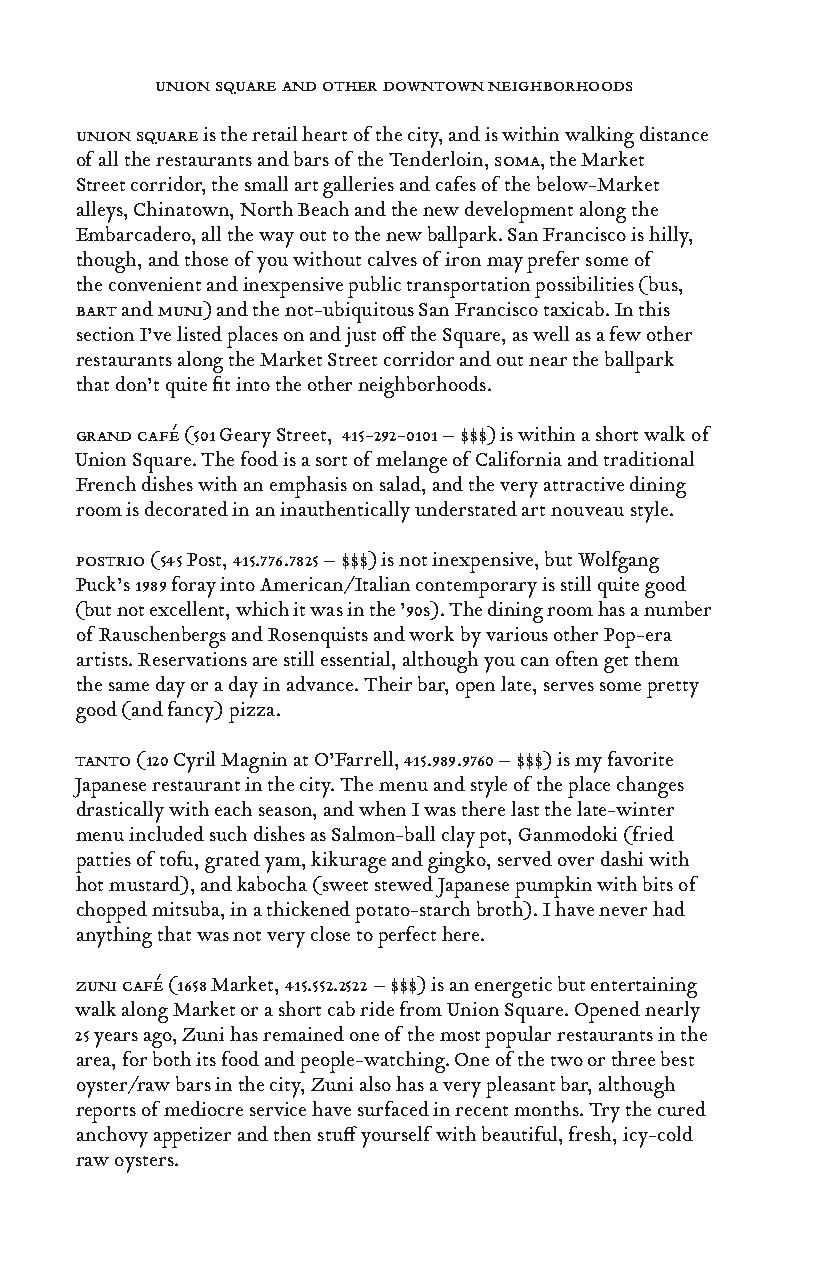
union square and other downtown neighborhoods
 union square is the retail heart of the city, and is within walking distance
 of all the restaurants and bars of the Tenderloin, soma, the Market
 Street corridor, the small art galleries and cafes of the below-Market
 alleys, Chinatown, North Beach and the new development along the
 Embarcadero, all the way out to the new ballpark. San Francisco is hilly,
 though, and those of you without calves of iron may prefer some of
 the convenient and inexpensive public transportation possibilities (bus,
 bart and muni) and the not-ubiquitous San Francisco taxicab. In this
 section I’ve listed places on and just off the Square, as well as a few other
 restaurants along the Market Street corridor and out near the ballpark
 that don’t quite fit into the other neighborhoods.
 grand café (501 Geary Street, 415-292-0101 – $$$) is within a short walk of
 Union Square. The food is a sort of melange of California and traditional
 French dishes with an emphasis on salad, and the very attractive dining
 room is decorated in an inauthentically understated art nouveau style.
 postrio (545 Post, 415.776.7825 – $$$) is not inexpensive, but Wolfgang
 Puck’s 1989 foray into American/Italian contemporary is still quite good
 (but not excellent, which it was in the ’90s). The dining room has a number
 of Rauschenbergs and Rosenquists and work by various other Pop-era
 artists. Reservations are still essential, although you can often get them
 the same day or a day in advance. Their bar, open late, serves some pretty
 good (and fancy) pizza.
 tanto (120 Cyril Magnin at O’Farrell, 415.989.9760 – $$$) is my favorite
 Japanese restaurant in the city. The menu and style of the place changes
 drastically with each season, and when I was there last the late-winter
 menu included such dishes as Salmon-ball clay pot, Ganmodoki (fried
 patties of tofu, grated yam, kikurage and gingko, served over dashi with
 hot mustard), and kabocha (sweet stewed Japanese pumpkin with bits of
 chopped mitsuba, in a thickened potato-starch broth). I have never had
 anything that was not very close to perfect here.
 zuni café (1658 Market, 415.552.2522 – $$$) is an energetic but entertaining
 walk along Market or a short cab ride from Union Square. Opened nearly
 25 years ago, Zuni has remained one of the most popular restaurants in the
 area, for both its food and people-watching. One of the two or three best
 oyster/raw bars in the city, Zuni also has a very pleasant bar, although
 reports of mediocre service have surfaced in recent months. Try the cured
 anchovy appetizer and then stuff yourself with beautiful, fresh, icy-cold
 raw oysters.